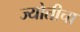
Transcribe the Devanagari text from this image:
ज्योतीचा